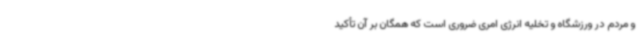
و مردم در ورزشگاه و تخلیه انرژی امری ضروری است که همگان بر آن تأکید